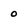
Character: 0